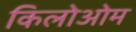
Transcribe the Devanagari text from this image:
किलोओम